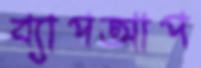
ব্যাপআপ